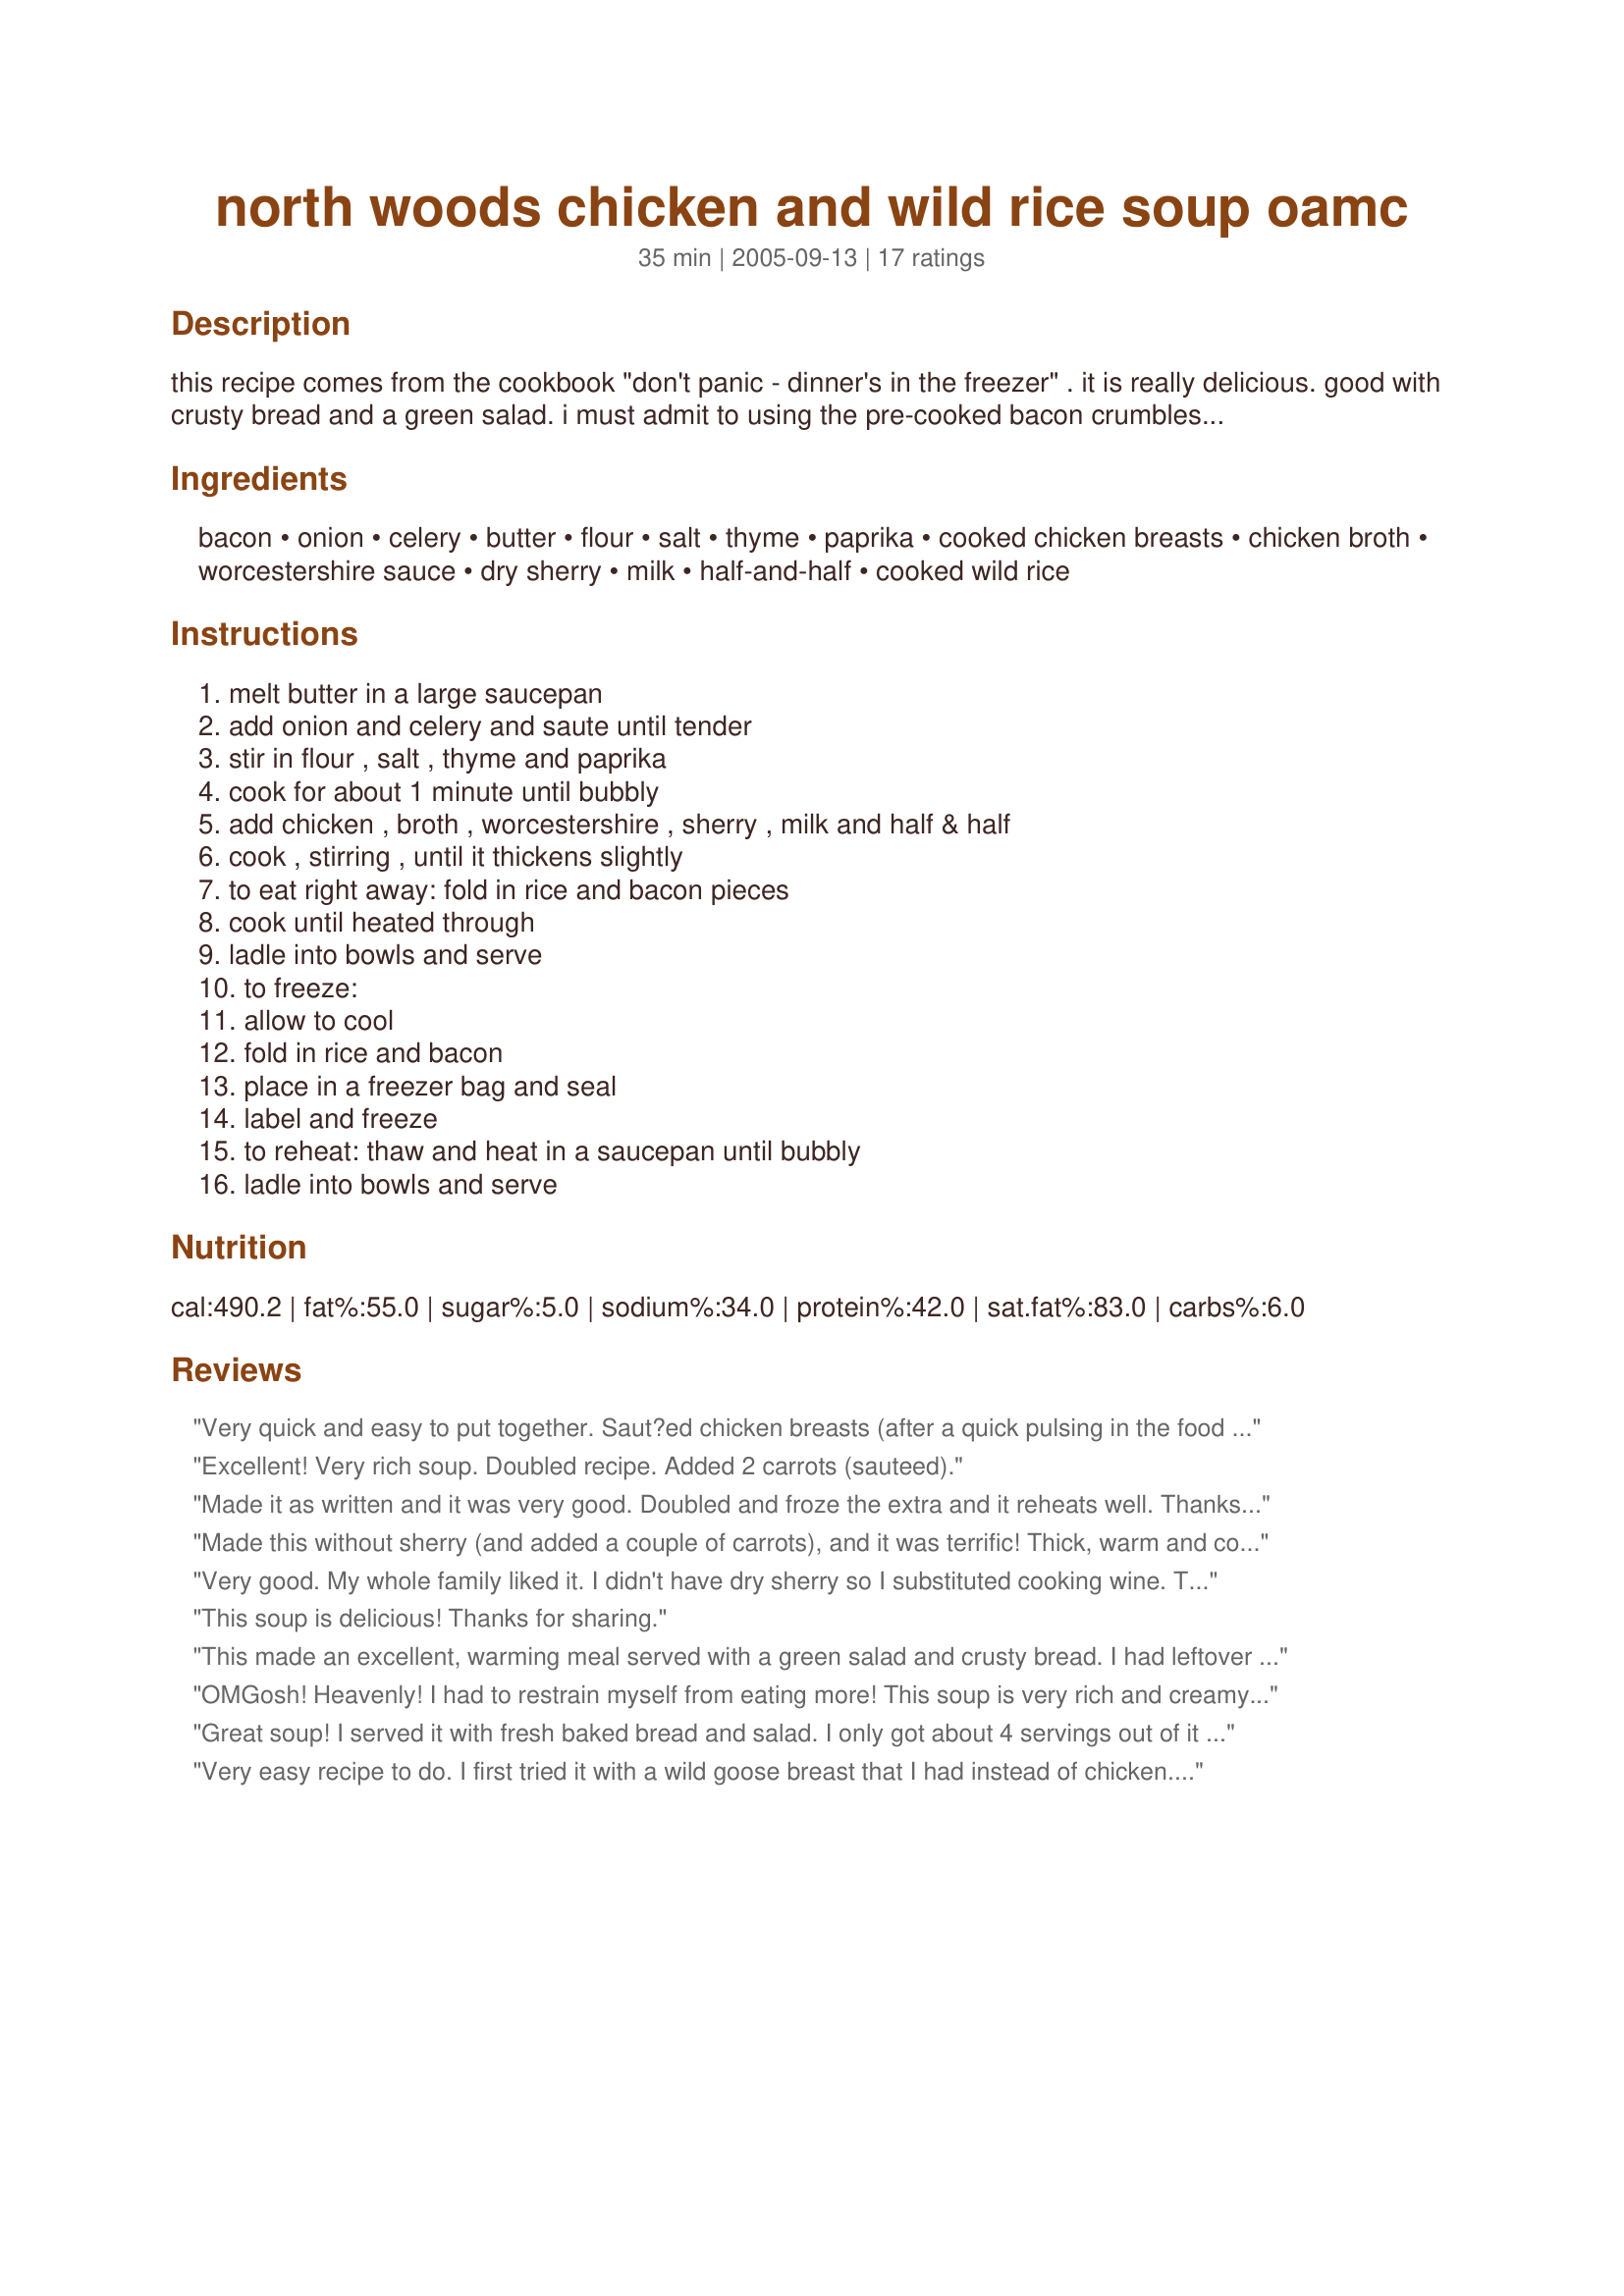
north woods chicken and wild rice soup oamc
Preparation time: 35 minutes

this recipe comes from the cookbook "don't panic - dinner's in the freezer" . it is really delicious. good with crusty bread and a green salad. i must admit to using the pre-cooked bacon crumbles (about 1/2 cup) instead of cooking and crumbling the bacon. sometimes it is just easier! make sure it is real bacon though, not the imitation bacon bits! enjoy.

Ingredients:
bacon, onion, celery, butter, flour, salt, thyme, paprika, cooked chicken breasts, chicken broth, worcestershire sauce, dry sherry, milk, half-and-half, cooked wild rice

Steps:
melt butter in a large saucepan, add onion and celery and saute until tender, stir in flour , salt , thyme and paprika, cook for about 1 minute until bubbly, add chicken , broth , worcestershire , sherry , milk and half & half, cook , stirring , until it thickens slightly, to eat right away: fold in rice and bacon pieces, cook until heated through, ladle into bowls and serve, to freeze:, allow to cool, fold in rice and bacon, place in a freezer bag and seal, label and freeze, to reheat: thaw and heat in a saucepan until bubbly, ladle into bowls and serve

Reviews:
Very quick and easy to put together. Saut?ed chicken breasts (after a quick pulsing in the food processor) with garlic salt and pepper. Added minced garlic and liquid smoke during the simmer stage to enhance the smokey bacon flavor since I did not have enough bacon. Used Madeira wine in place of the sherry. The flavors together were truly wonderful!
Excellent! Very rich soup. Doubled recipe. Added 2 carrots (sauteed).
Made it as written and it was very good. Doubled and froze the extra and it reheats well. Thanks for a great recipe!
Made this without sherry (and added a couple of carrots), and it was terrific! Thick, warm and comforting - a perfect soup for a cold winter's day. Thanks for a terrific recipe!
Very good. My whole family liked it. I didn't have dry sherry so I substituted cooking wine. The soup was very thick. Next time I will probably thin with milk to make it go further. We didn't have any left over to freeze. I will make again on a cool day.
This soup is delicious! Thanks for sharing.
This made an excellent, warming meal served with a green salad and crusty bread. I had leftover turkey from Thanksgiving and that was used in place of the chicken and as Chef Jean Louise, Mirin for the sherry.
OMGosh! Heavenly! I had to restrain myself from eating more! This soup is very rich and creamy. I boiled some bone-in chicken breasts because they were on sale. I may add a little water or more broth because mine got pretty thick. Everyone in my family gave this a thumbs up. Thanks for a great recipe!
Great soup! I served it with fresh baked bread and salad. I only got about 4 servings out of it though. The bacon really makes this soup...
Very easy recipe to do. I first tried it with a wild goose breast that I had instead of chicken. If you like a wild game dinner soup...this is one to try. The second time I did this was right after Thanksgiving. I used leftover turkey. Wow!!!! it was great. Try this soup. My family is not a big soup eater but they will ask for this any day.
This soup was really excellent. I added a pint of fresh, shelled black-eyed peas, because I needed to do something with them, and substituted mirin for the sherry, because that's all I had on hand. Otherwise, I prepared as written, and it turned out fabulously. I had the leftovers for lunch the next day, adding a little water just before microwaving, and it was just as good as the night before.
Very good & creamy. We skipped the bacon (don't like bacon), added a clove of garlic, doubled the paprika and added a dash of cayenne pepper & ginger for some zing. We will definitely make this again!
Awesome soup and very creamy, too! We loved this and it sure is a nice change from normal chicken rice soup. I'll definitely make this again. Thanks for posting this Jill!
This. soup. is. FABULOUS. It never made it to the freezer (though I had intended it to) so I can't rate on that basis (although I'll be trying that!). But it was so good, so filling, so comforting. My 18 month old ate TWO bowls of this, and DH even liked it (and that's saying something!). Thanks for a great recipe.
Time for another five stars for you. This is delicious and I am a cook and freeze nut. We have an RV and it is wonderful to pull something out of the freezer on the road. I added some chopped carrots for color. Gloria
Not bad soup, but somewhat bland. However, I didn't use the half and half (I subbed skim milk), so that may've made the difference. I added garlic (b/c I always do!) Sorry, but probably won't make again.
I made this without the sherry, and it still turned out delicious. Perfect cold-weather comfort food!
